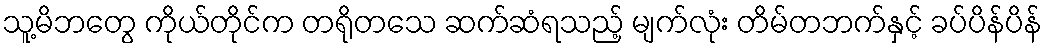
သူ့မိဘတွေ ကိုယ်တိုင်က တရိုတသေ ဆက်ဆံရသည့် မျက်လုံး တိမ်တဘက်နှင့် ခပ်ပိန်ပိန်